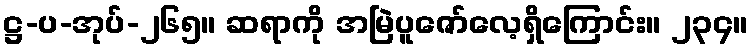
ဋ္ဌ-ပ-အုပ်-၂၆၅။ ဆရာကို အမြဲပူဇော်လေ့ရှိကြောင်း။ ၂၃၄။